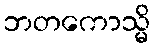
ဘတကောသ္မိ